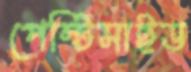
পেস্টিসাইড